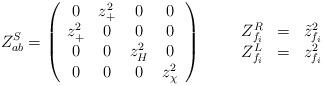
LaTeX: \begin{align*}Z^S_{ab} = \left(\begin{array}{cccc} 0 & z_+^2 & 0 & 0 \\ z_+^2 & 0 & 0 & 0 \\ 0& 0& z_H^2 & 0 \\ 0 & 0 & 0 & z^2_\chi \end{array} \right)\qquad\begin{array} {ccc}Z^R _{f_i} & = &\tilde z_{f_i}^2 \\Z^L _{f_i} & = & z_{f_i}^2\end{array}\end{align*}